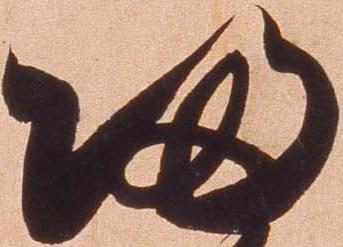
帰